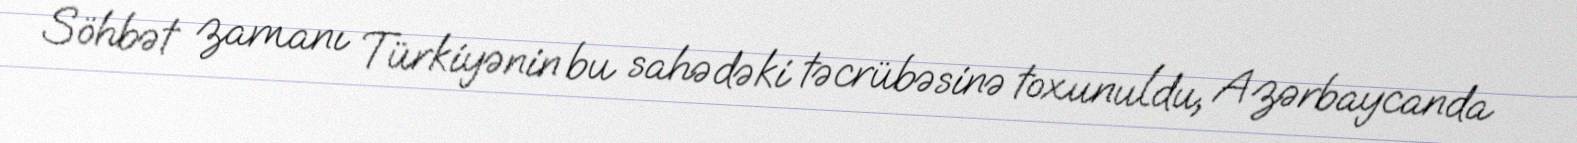
Söhbət zamanı Türkiyənin bu sahədəki təcrübəsinə toxunuldu, Azərbaycanda